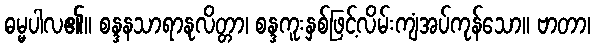
ဓမ္မပါလ၏။ စန္ဒနသာရာနုလိတ္တာ၊ စန္ဒကူးနှစ်ဖြင့်လိမ်းကျံအပ်ကုန်သော။ ဗာတာ၊